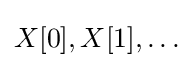
X[0],X[1],\ldots